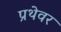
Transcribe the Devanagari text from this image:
प्रथेवर